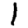
Digit: 1